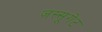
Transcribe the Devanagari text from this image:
जस्सूगेट